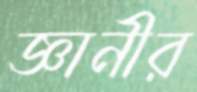
জ্ঞানীর